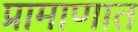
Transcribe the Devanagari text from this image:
प्रामाणात